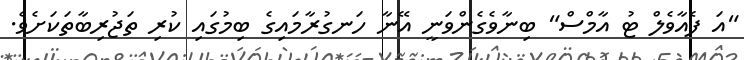
"އަ ފެއާވެލް ޓު އާމްސް" ބިނާވެގެންވަނީ އޭނާ ހަނގުރާމައިގެ ބިމުގައި ކުރި ތަޖުރިބާތަކަށެވެ.